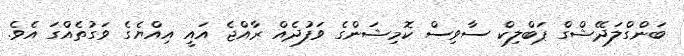
ބަންގްލަދޭޝްގް ޕަބްލިކް ސާވިސް ކޮމިޝަންގެ ވަފުދެއް ރާއްޖެ އައީ އިއްޔެގެ ވަގުތެއްގަ އެވެ.